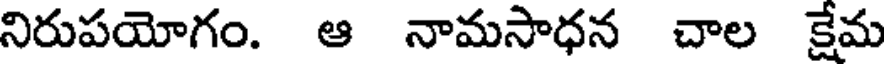
నిరుపయోగం. ఆ నామసాధన చాల క్షేమ